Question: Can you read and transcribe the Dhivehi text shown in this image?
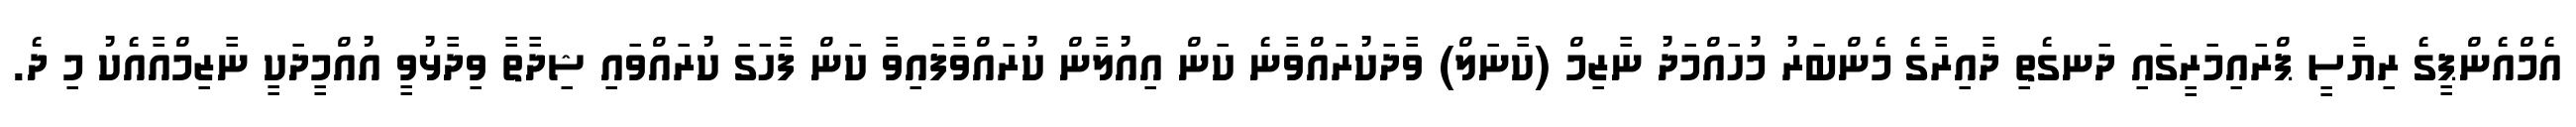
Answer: އެމްއެންޕީގެ ރިޔާސީ ޕްރައިމަރީގައި ދަނގެތި ދާއިރާގެ މެންބަރު މުހައްމަދު ނާޒިމް (ކާނަލް) ވާދަކުރައްވާނެ ކަން އިއުލާން ކުރައްވާފައިވާ ކަން ފާހަގަ ކުރައްވައި ޝިދާތާ ވިދާޅުވީ އުއްމީދަކީ ނާޒިމްއާއެކު މި ދެ.